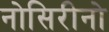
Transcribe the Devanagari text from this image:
नोसिरीनो